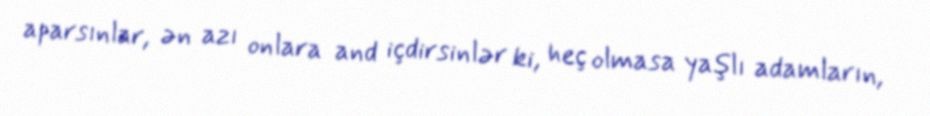
aparsınlar, ən azı onlara and içdirsinlər ki, heç olmasa yaşlı adamların,